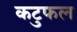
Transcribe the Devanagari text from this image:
कटुफल